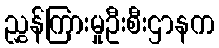
ညွှန်ကြားမှုဦးစီးဌာနက